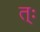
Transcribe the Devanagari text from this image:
त्ः